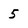
Character: 5